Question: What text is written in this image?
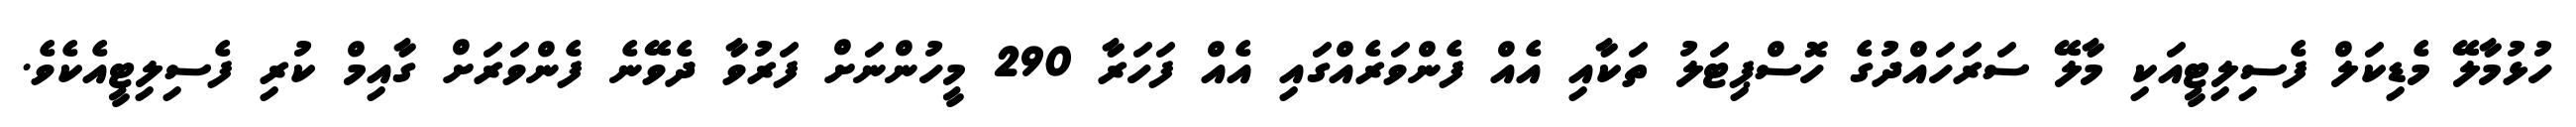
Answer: ހުޅުމާލޭ މެޑިކަލް ފެސިލިޓީއަކި މާލޭ ސަރަހައްދުގެ ހޮސްޕިޓަލު ތަކާއި އެއް ފެންވަރެއްގައި އެއް ފަހަރާ 290 މީހުންނަށް ފަރުވާ ދެވޭނެ ފެންވަރަށް ގާއިމް ކުރި ފެސިލިޓީއެކެވެ.